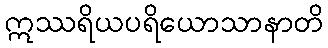
ဣဿရိယပရိယောသာနာတိ